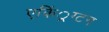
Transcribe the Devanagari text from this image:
एकिं्रग्टन